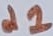
Text: d1